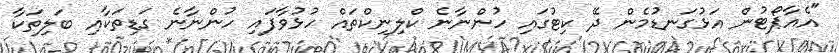
"އެއާޕޯޓުން އަޅުގަނޑުމެން ދޭ ކިޓުގައި ހުންނާނެ ކްލިނިކްތައް ހުޅުވާފައި ހުންނާނެ ގަޑިތަކާއި ބަލިތަކާ